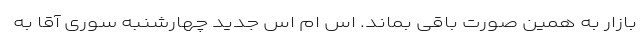
بازار به همین صورت باقی بماند. اس ام اس جدید چهارشنبه سوری آقا به